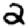
Digit: 2